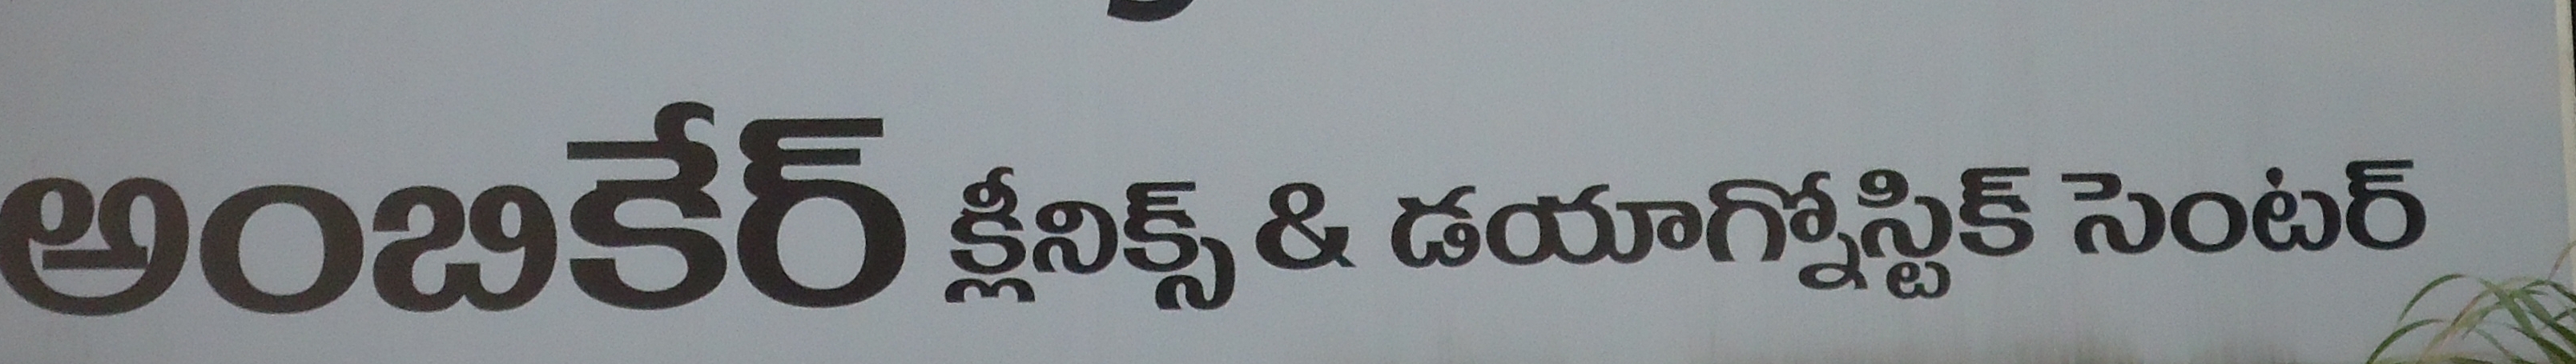
Language: telugu
Transcription: క్లినిక్స్ అంబికేర్ సెంటర్